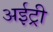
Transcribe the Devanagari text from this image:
अईट्री